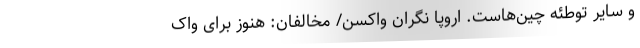
و سایر توطئه چین‌هاست. اروپا نگرانِ واکسن/ مخالفان: هنوز برای واک